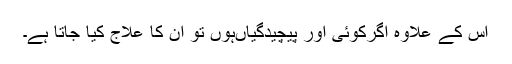
اس کے علاوہ اگرکوئی اور پیچیدگیاںہوں تو ان کا علاج کیا جاتا ہے۔